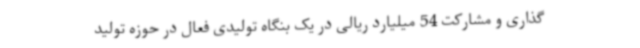
‌گذاری و مشارکت 54 میلیارد ریالی در یک بنگاه تولیدی فعال در حوزه تولید